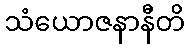
သံယောဇနာနီတိ